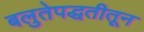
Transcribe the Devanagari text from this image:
बलुतेपद्धतीतून